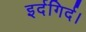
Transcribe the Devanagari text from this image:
इर्दगिर्द।